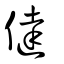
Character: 㒓